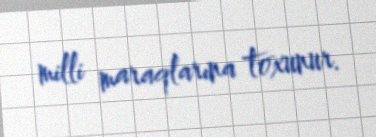
milli maraqlarına toxunur.